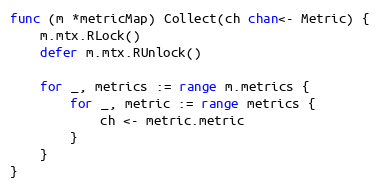
Language: Go
func (m *metricMap) Collect(ch chan<- Metric) {
	m.mtx.RLock()
	defer m.mtx.RUnlock()

	for _, metrics := range m.metrics {
		for _, metric := range metrics {
			ch <- metric.metric
		}
	}
}